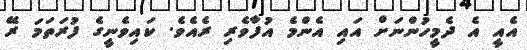
އެއީ އެ ދެމީހުންނަށް އައި އެންމެ އުފާވެރި ރެއެވެ. ކައިވެނީގެ ފުރަތަމަ ރޭ